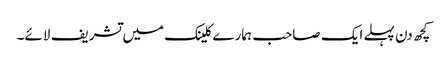
کچھ دن پہلے ایک صاحب ہمارے کلینک میں تشریف لائے۔